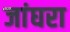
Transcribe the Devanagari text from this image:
जांघरा